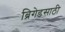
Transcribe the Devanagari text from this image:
ब्रिगेडसाठी